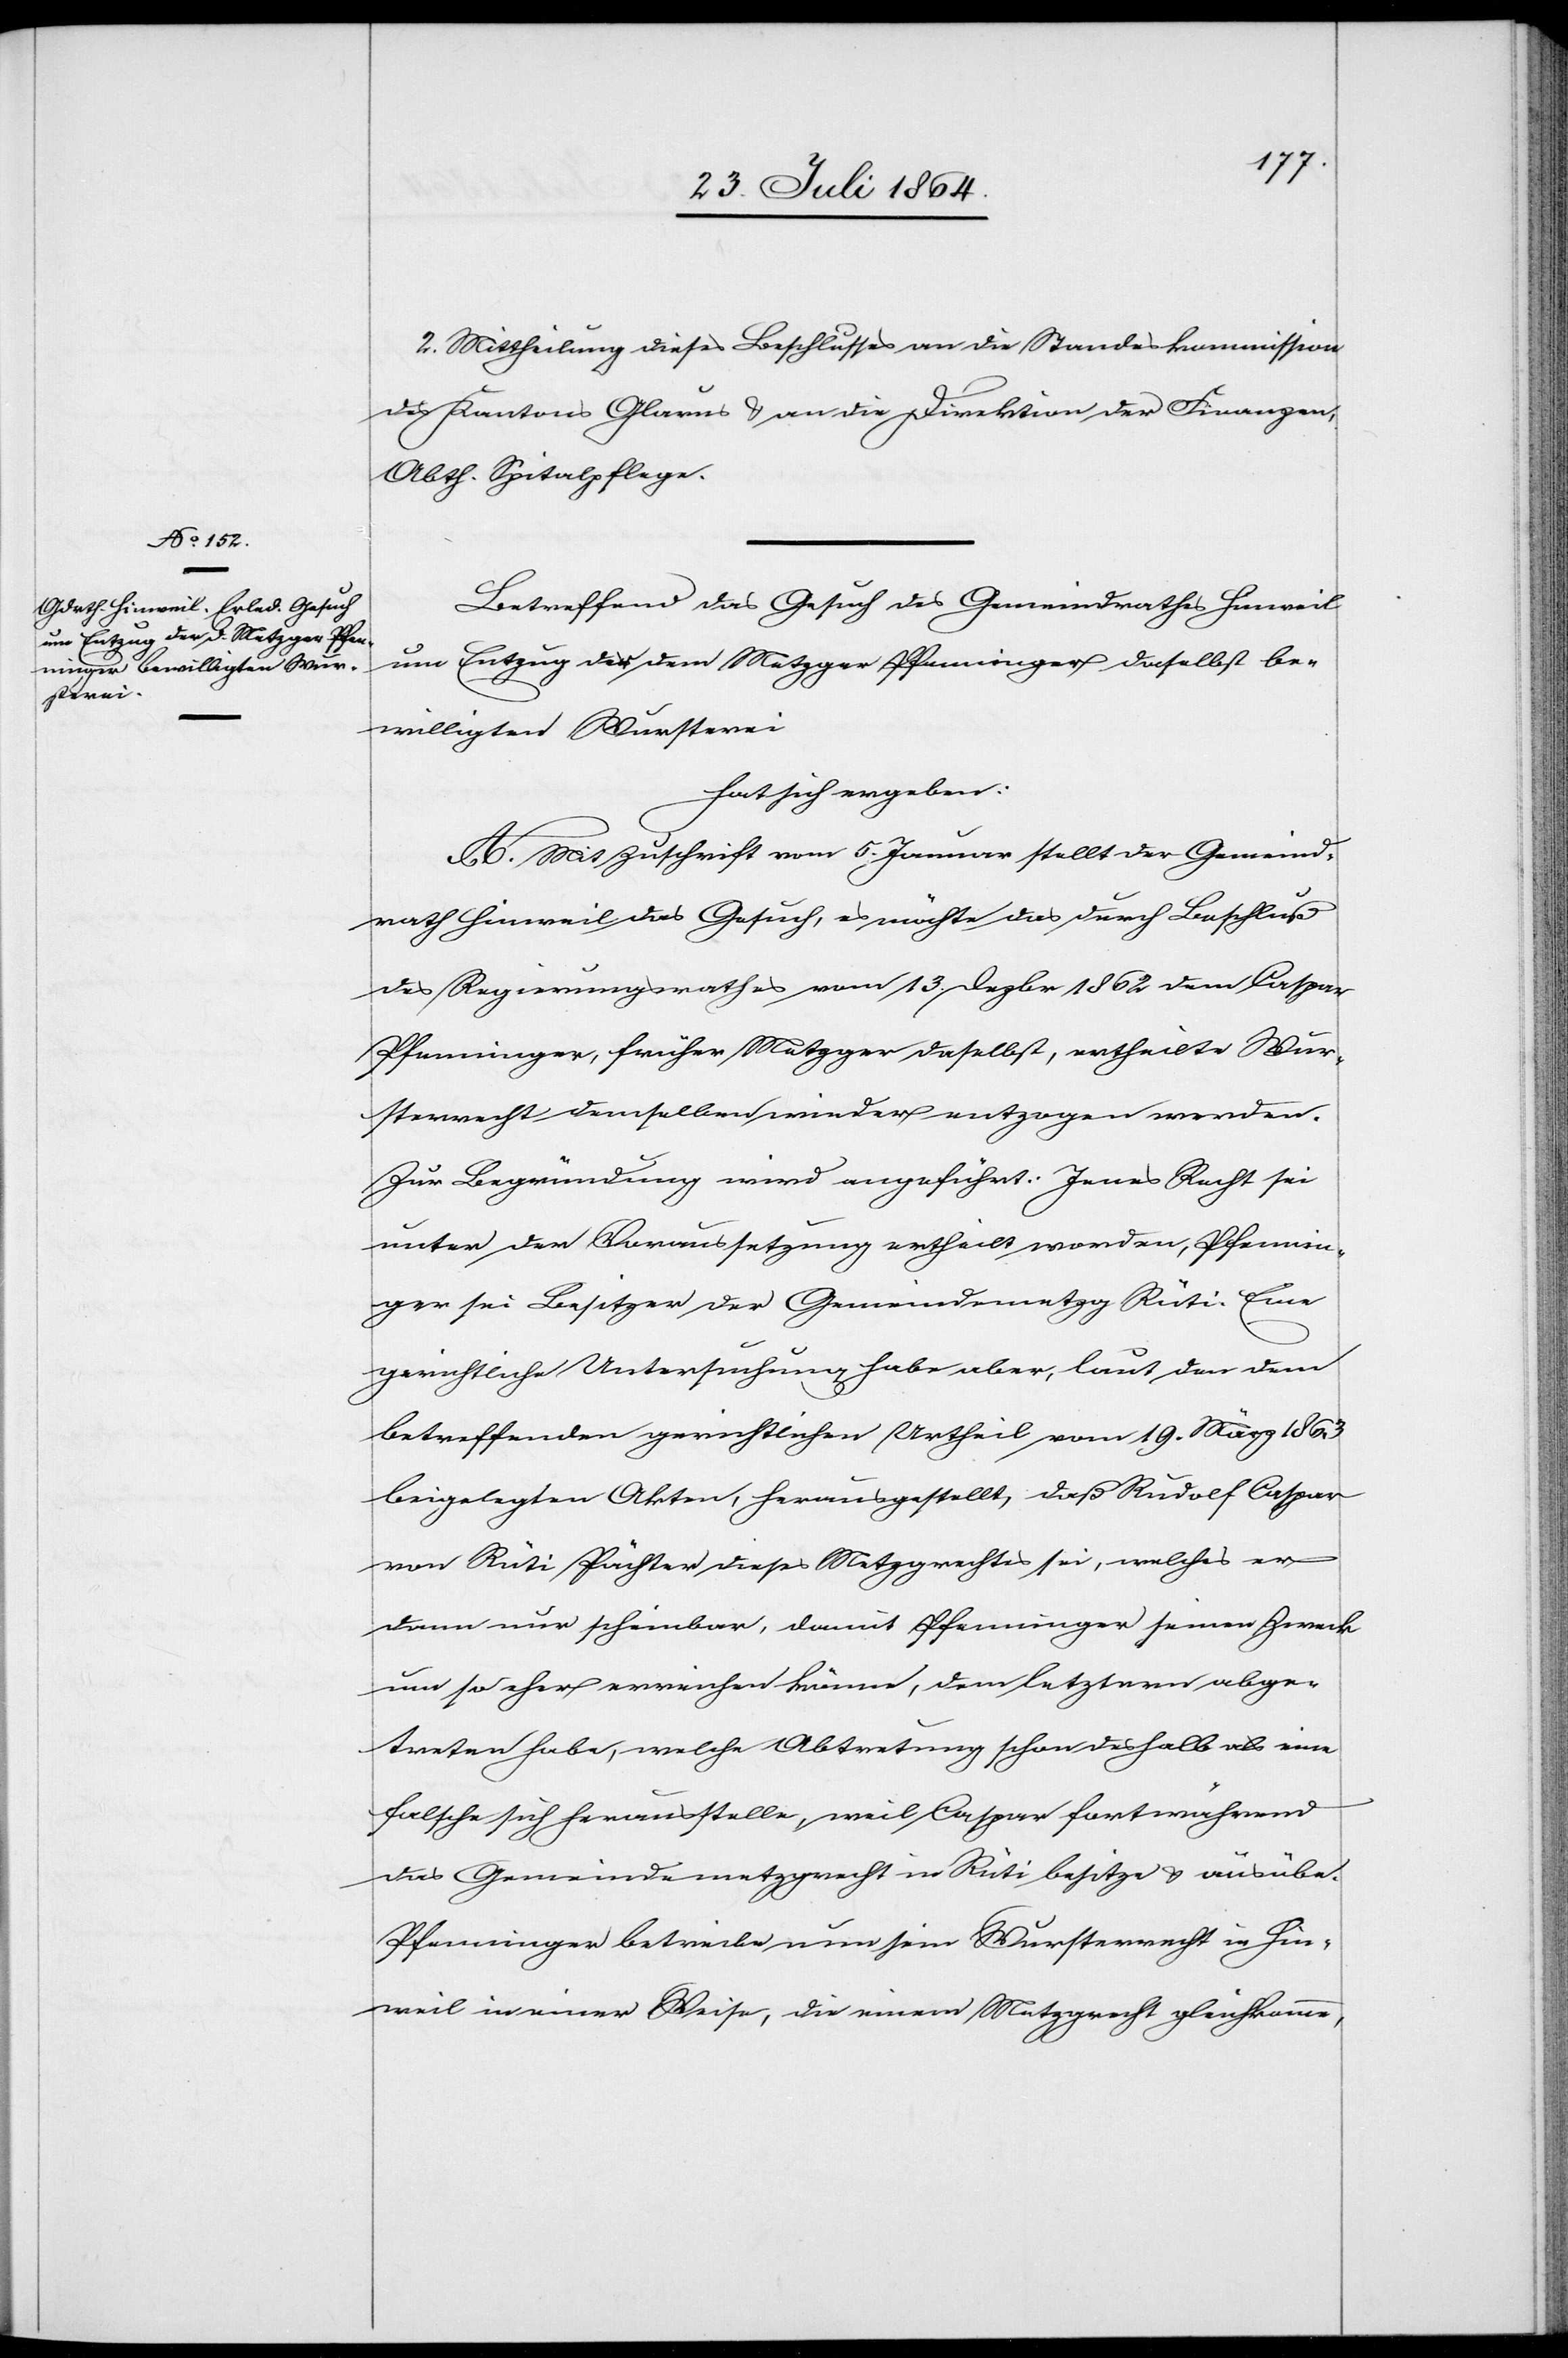
2. Mittheilung dieses Beschlusses an die Standeskommission
des Kantons Glarus & an die Direktion der Finanzen,
Abth. Spitalpflege.
Betreffend das Gesuch des Gemeindrathes Hinweil
um Entzug der dem Metzger Pfenninger daselbst be¬
willigten Wursterei
hat sich ergeben:
A. Mit Zuschrift vom 5. Januar stellt der Gemeind¬
rath Hinweil das Gesuch, es möchte das durch Beschluß
des Regierungsrathes vom 13. Dezbr 1862 dem Caspar
Pfenninger, früher Metzger daselbst, ertheilte Wur¬
sterrecht demselben wieder entzogen werden.
Zur Begründung wird aufgeführt: Jenes Recht sei
unter der Voraussetzung ertheilt worden, Pfennin¬
ger sei Besitzer der Gemeindemetzg Rüti. Eine
gerichtliche Untersuchung habe aber, laut den dem
betreffenden gerichtlichen Urtheil vom 19. März 1863
beigelegten Akten, herausgestellt, daß Rudolf Caspar
von Rüti Pächter dieses Metzgrechtes sei, welches er
dann nur scheinbar, damit Pfenninger seinen Zweck
um so eher erreichen könne, dem letztern abge¬
treten habe, welche Abtretung schon deshalb als eine
solche sich herausstellte weil Caspar fortwährend
das Gemeindemetzgrecht in Rüti besitze & ausübe.
Pfenninger betreibe nun sein Wursterrecht in Hin¬
weil in einer Weise, die einem Metzgerecht gleichkomme,